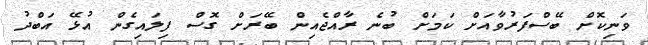
ވަނިކޮށް ބޭސްފަރުވާއަށް ކަމަށް ބުނެ ރާއްޖެއިން ބޭރަށް ގޮސް ފިލައިގެން އުޅޭ އަބްދު